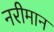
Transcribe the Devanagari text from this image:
नरीमान